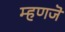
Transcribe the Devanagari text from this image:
म्हणजॆ